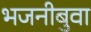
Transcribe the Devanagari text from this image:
भजनीबुवा